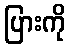
ပြားကို